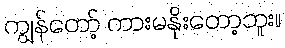
ကျွန်တော့် ကားမနိုးတော့ဘူး။